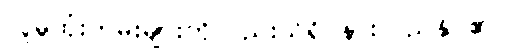
လူမှုထုံးတမ်းများကိုလည်းသိရှိ နားလည်နိုင်၏။